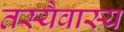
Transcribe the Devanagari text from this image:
तस्यैवास्य